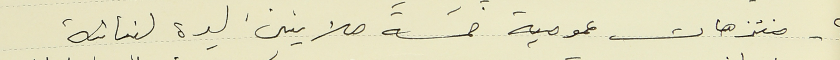
٤- منتزهات عمومية خمسة ملايين ليرة لبنانية